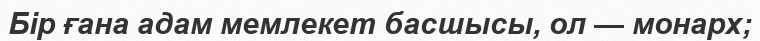
Бір ғана адам мемлекет басшысы, ол — монарх;